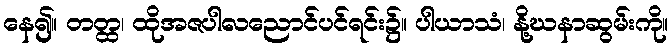
နေ၍။ တတ္ထ၊ ထိုအဇပါလညောင်ပင်ရင်း၌။ ပါယာသံ၊ နို့ဃနာဆွမ်းကို။